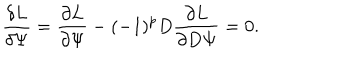
{ \frac { \delta L } { \delta \Psi } } = { \frac { \partial L } { \partial \Psi } } - ( - 1 ) ^ { p } D { \frac { \partial L } { \partial D \Psi } } = 0 .